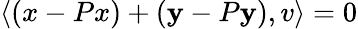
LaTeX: \langle\left(x-Px\right)+\left(\mathbf{y}-P\mathbf{y}\right),v\rangle=0